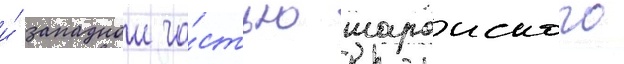
и́ западнои ча́стью шароиского